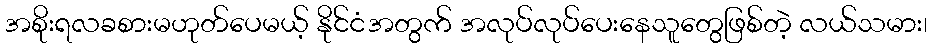
အစိုးရလခစားမဟုတ်ပေမယ့် နိုင်ငံအတွက် အလုပ်လုပ်ပေးနေသူတွေဖြစ်တဲ့ လယ်သမား၊